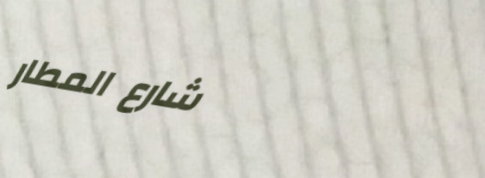
شارع المطار